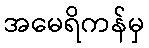
အမေရိကန်မှ